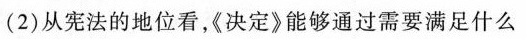
(2)从宪法的地位看，《决定》能够通过需要满足什么